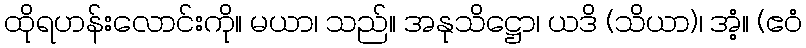
ထိုရဟန်းလောင်းကို။ မယာ၊ သည်။ အနုသိဋ္ဌော၊ ယဒိ (သိယာ)၊ အံ့။ (ဧဝံ